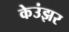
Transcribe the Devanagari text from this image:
केउंझर